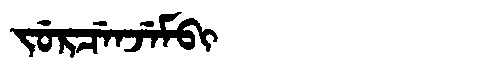
Manchu: ᠵᡠᡵᠴᡝᠨᠵᡝᠮᠪᡳ
Romanization: JURCENJEMBI